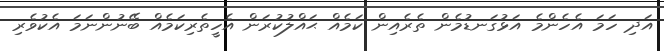
އަދި ހަމަ އެހެންމެ އަޅުގަނޑުމެން ތެރެއިން ކަމެއް ޙައްލުކުރަން އެހީތެރިކަމެއް ބޭނުންނަމަ އެކުވެރި